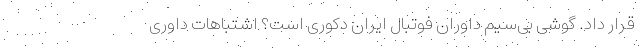
قرار داد. گوشی بی‌سیم داوران فوتبال ایران دکوری است؟ اشتباهات داوری